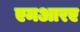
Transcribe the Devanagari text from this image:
एमआरए